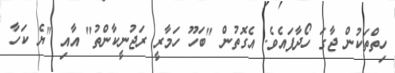
ހިތްތަކުން ޖާގަ ހޯދާފައެވެ. އެގޮތުން "ބަހޫ ހަމާރީ ރަޖުނީކާންތު" އާއި "ޔެ ކަހާ